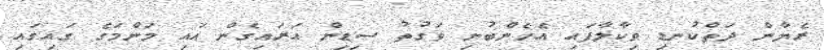
ރެޔާން ދަތްކުނޑި ވިކާލާފައި އެހެންބުނި ވަގުތު ސިޑިން އަރައިގެން އައި މަންމަގެ ގައިގައި